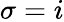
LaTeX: \sigma=i